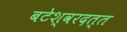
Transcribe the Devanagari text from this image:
बटेश्वरदत्त